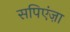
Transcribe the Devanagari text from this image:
सपिएंज़ा